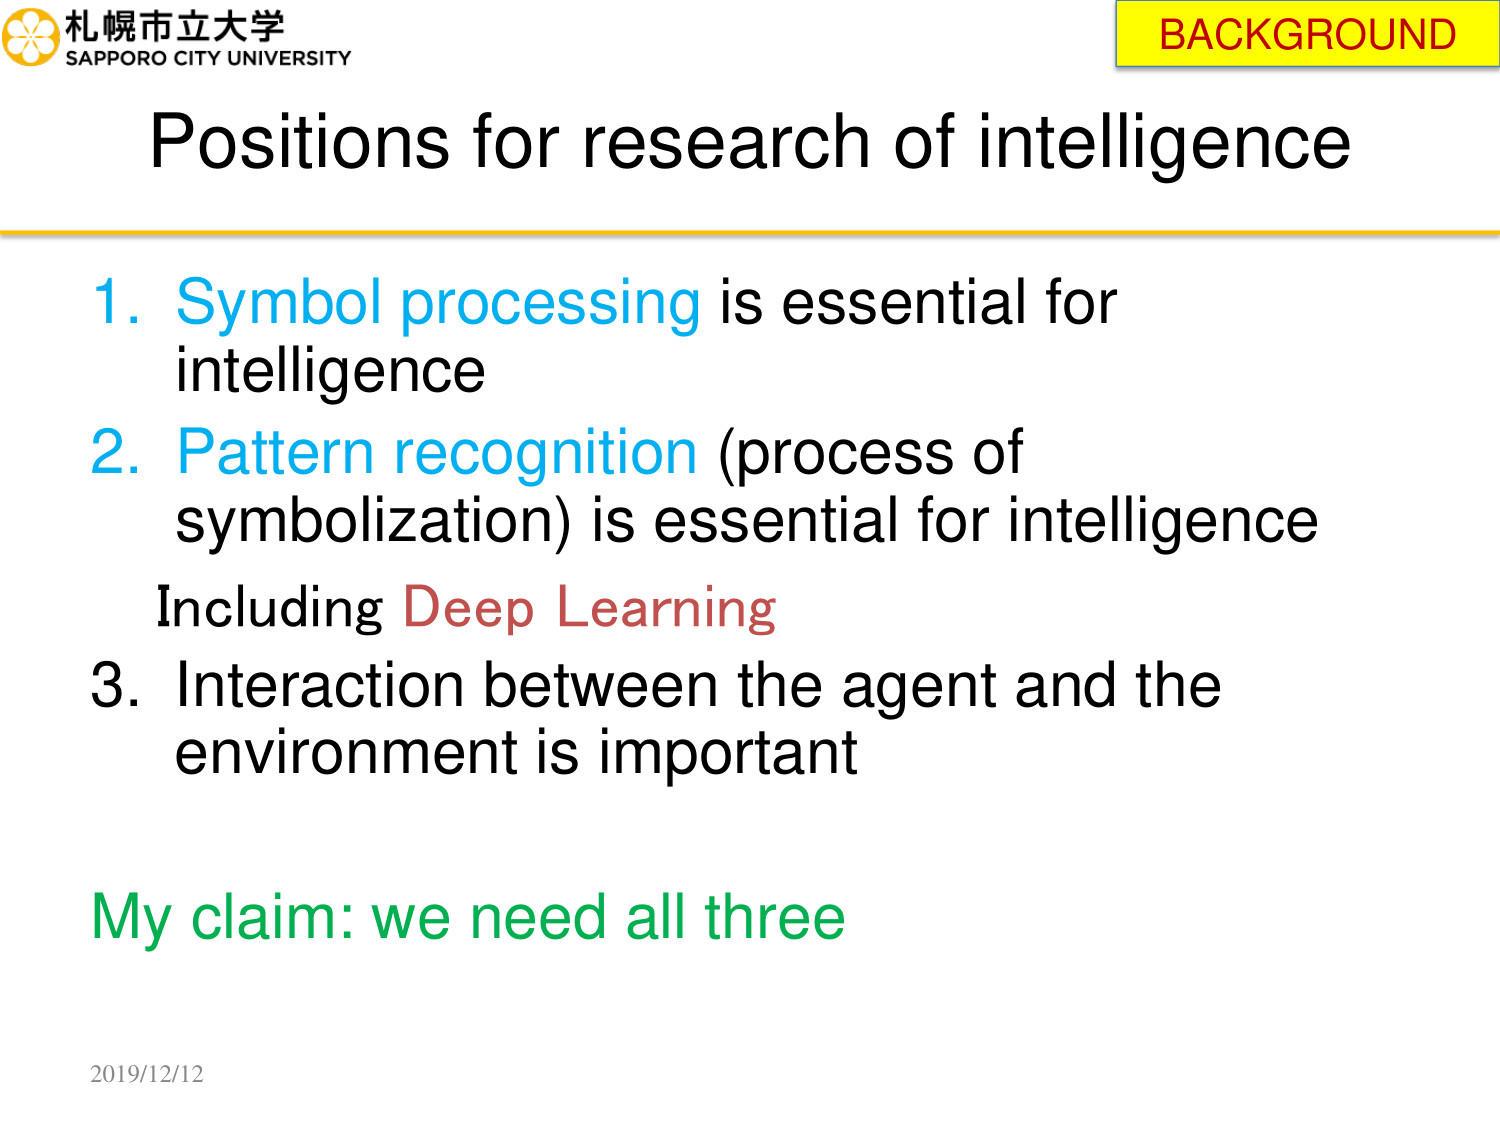
札幌市立大学
SAPPORO CITY UNIVERSITY
BACKGROUND
Positions for research of intelligence
1. Symbol processing is essential for intelligence
2. Pattern recognition (process of symbolization) is essential for intelligence
Including Deep Learning
3. Interaction between the agent and the environment is important
My claim: we need all three
2019/12/12